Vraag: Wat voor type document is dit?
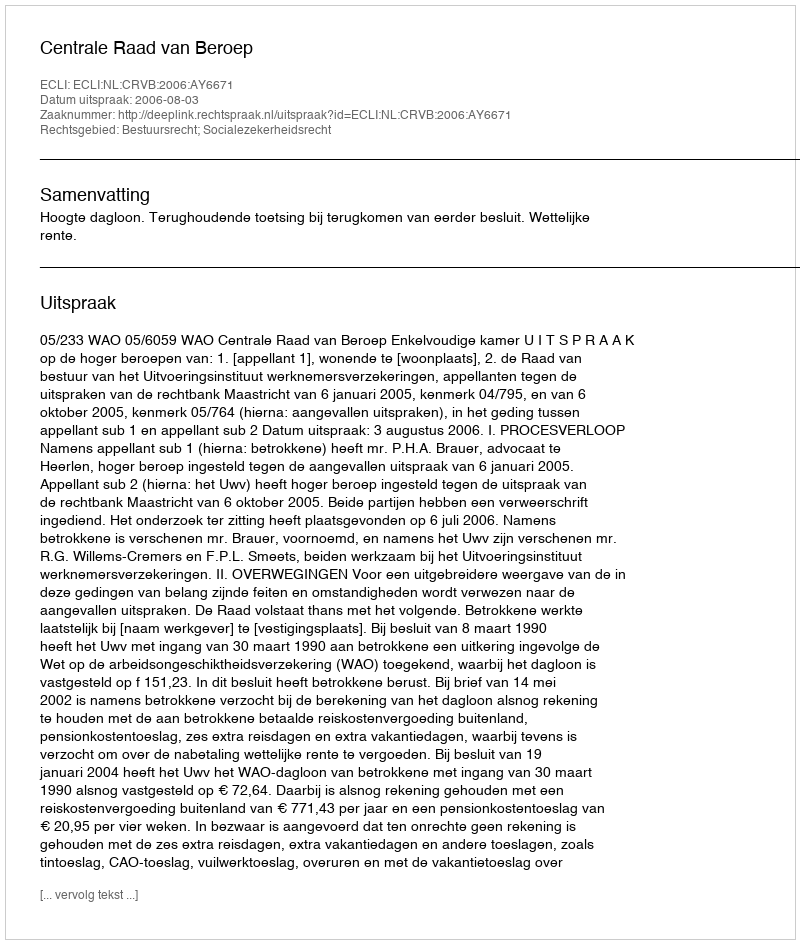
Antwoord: Uitspraak